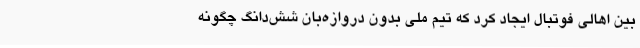
بین اهالی فوتبال ایجاد کرد که تیم ملی بدون دروازه‌بان شش‌دانگ چگونه